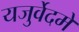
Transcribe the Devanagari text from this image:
यजुर्वेदमे